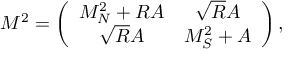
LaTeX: M ^ { 2 } = \left( \begin{array} { c c } { { M _ { N } ^ { 2 } + R A } } & { { \sqrt { R } A } } \\ { { \sqrt { R } A } } & { { M _ { S } ^ { 2 } + A } } \end{array} \right) ,